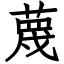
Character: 蔑